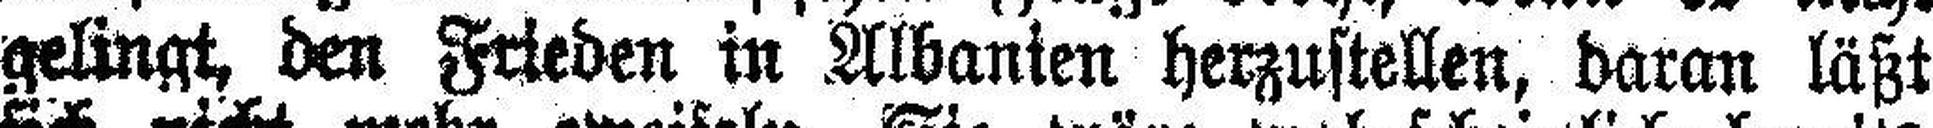
gelingt, den Frieden in Albanien herzustellen, daran läßt